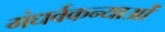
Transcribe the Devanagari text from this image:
गंधर्वकन्याओं